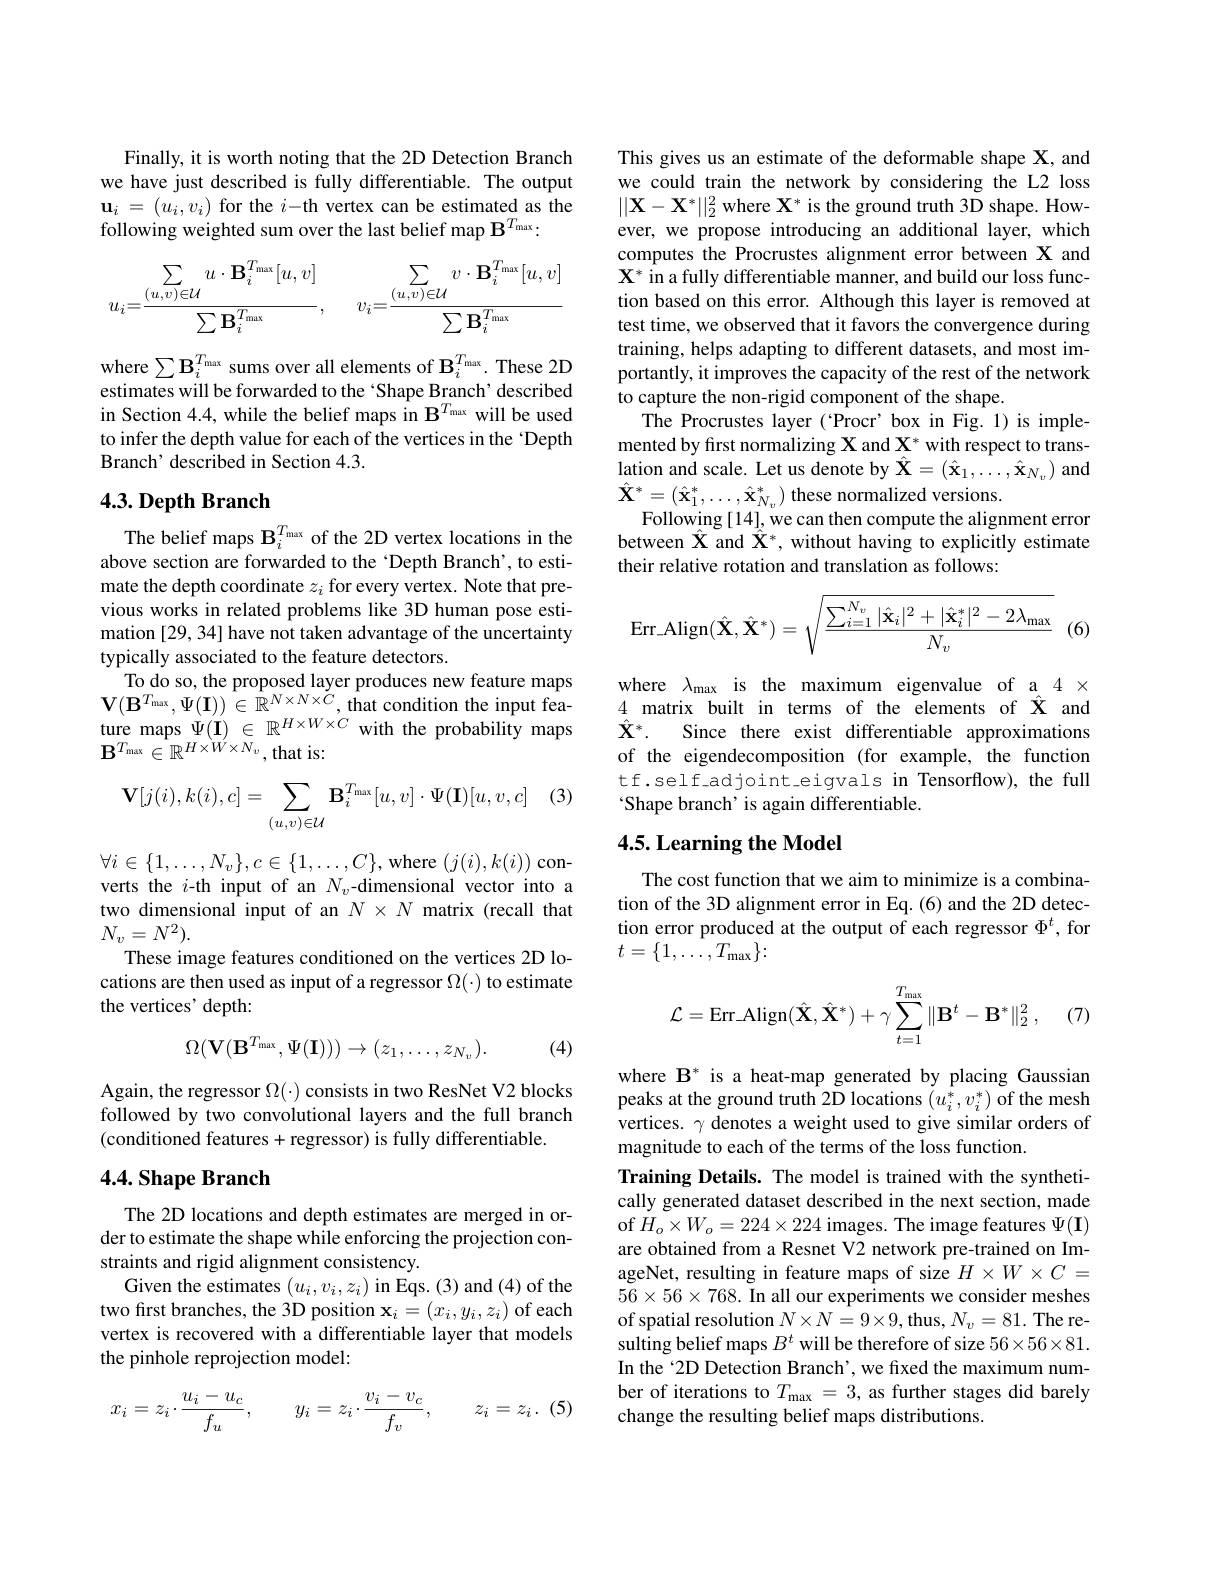
Finally, it is worth noting that the 2D Detection Branch we have just described is fully differentiable. The output $\mathbf{u}_i=(u_i,v_i)$ for the $i-$th vertex can be estimated as the following weighted sum over the last belief map $\mathbf{B}^{T_{\mathrm{max}}}:$
$$\sum_{u_i=\frac{(u,v)\in\mathcal{U}}{\sum\mathbf{B}_i^{T_{\max}}},\quad v_i=\frac{(u,v)\in\mathcal{U}}{\sum\mathbf{B}_i^{T_{\max}}}}v\cdot\mathbf{B}_i^{T_{\max}}[u,v]$$
where $\sum\mathbf{B}_i^{T_{\mathrm{max}}}$ sums over all elements of $\mathbf{B}_i^{T_{\mathrm{max}}}.$ These 2D estimates will be forwarded to the ‘Shape Branch’ described in Section 4.4, while the belief maps in $\mathbf{B}^{T_{\mathrm{max}}}$ will be used to infer the depth value for each of the vertices in the 'Depth Branch’ described in Section 4.3.

## $4. 3. \textbf{Depth Branch}$

The belief maps $\mathbf{B}_i^{T_{\mathrm{max}}}$ of the 2D vertex locations in the above section are forwarded to the 'Depth Branch', to estimate the depth coordinate $z_i$ for every vertex. Note that previous works in related problems like 3D human pose estimation [29, 34] have not taken advantage of the uncertainty typically associated to the feature detectors.
To do so, the proposed layer produces new feature maps $\mathbf{V} ( \mathbf{B} ^{T_{\mathrm{max}}}, \Psi ( \mathbf{I} ) ) \in \mathbb{R} ^{N\times N\times C}$,that condition the input feature maps $\Psi ( \mathbf{I} )$ $\in$ $\mathbb{R} ^{H\times W\times C}$ with the probability maps $\mathbf{B}^{T_{\max}}\in\mathbb{R}^{H\times W^{\prime}\times\bar{N}_{v}}$,that is:

| (3)
$$\mathbf{V}[j(i),k(i),c]=\sum_{(u,v)\in\mathcal{U}}\mathbf{B}_{i}^{T_{\max}}[u,v]\cdot\Psi(\mathbf{I})[u,v,c]$$
$\forall i\in\{1,\ldots,N_{v}\},c\in\{1,\ldots,C\}$,where $(j(i),k(i))$ con-

verts the $i$-th input of an $N_v$-dimensional vector into a two dimensional input of an $N\times N$ matrix (recall that $N_{v}=N^{2}).$
These image features conditioned on the vertices 2D locations are then used as input of a regressor $\Omega(\cdot)$ to estimate the vertices' depth:

(4)
$$\Omega(\mathbf{V}(\mathbf{B}^{T_{\mathrm{max}}},\Psi(\mathbf{I})))\to(z_{1},\ldots,z_{N_{v}}).$$
Again, the regressor $\Omega(\cdot)$ consists in two ResNet V2 blocks followed by two convolutional layers and the full branch (conditioned features+regressor) is fully differentiable.

## $4. 4. \textbf{Shape Branch}$

The 2D locations and depth estimates are merged in order to estimate the shape while enforcing the projection constraints and rigid alignment consistency.
Given the estimates $(u_{i},v_{i},z_{i})$ in Eqs. (3) and (4) of the two first branches, the 3D position $\mathbf{x}_i=(x_i,y_i,z_i)$ of each vertex is recovered with a differentiable layer that models the pinhole reprojection model:
$$x_i=z_i\cdot\frac{u_i-u_c}{f_u},\quad y_i=z_i\cdot\frac{v_i-v_c}{f_v},\quad z_i=z_i\:.$$
This gives us an estimate of the deformable shape X, and we could train the network by considering the L2 loss $||\mathbf{X}-\mathbf{X}^{*}||_{2}^{2}$ where $\mathbf{X}^*$ is the ground truth 3D shape. However, we propose introducing an additional layer, which computes the Procrustes alignment error between X and $\mathbf{X}^{*}$ in a fully differentiable manner, and build our loss function based on this error. Although this layer is removed at test time, we observed that it favors the convergence during training, helps adapting to different datasets, and most importantly, it improves the capacity of the rest of the network to capture the non-rigid component of the shape.
The Procrustes layer ('Procr'box in Fig.1)is implemented by first normalizing $\mathbf{X}$ and $\mathbf{X}^*$ with respect to translation and scale. Let us denote by $\hat{\mathbf{X}}=(\hat{\mathbf{x}}_1,\ldots,\hat{\mathbf{x}}_{N_v})$ and $\hat{\mathbf{X}}^{*}=(\hat{\mathbf{x}}_{1}^{*},\ldots,\hat{\mathbf{x}}_{N_{v}}^{*})$ these normalized versions.
Following [14], we can then compute the alignment error between $\hat{\mathbf{X}}$ and $\hat{\hat{\mathbf{X}}}^*$, without having to explicitly estimate their relative rotation and translation as follows:
$$\operatorname{Err_Align}(\hat{\mathbf{X}},\hat{\mathbf{X}}^*)=\sqrt{\frac{\sum_{i=1}^{N_v}|\hat{\mathbf{x}}_i|^2+|\hat{\mathbf{x}}_i^*|^2-2\lambda_{\max}}{N_v}}$$
(6)

where $\lambda_\mathrm{max}$ is the maximum eigenvalue of a 4 x 4 matrix built in terms of the elements of $\hat{\mathbf{X}}$ and $\hat{\mathbf{X}}^*.$
Since there exist differentiable approximations
of the eigendecomposition (for example, the function $tf.self\_adjoint\_eigvals in Tensorflow), the full$ Shape branch’is again differentiable.

## 4.5. Learning the Model

The cost function that we aim to minimize is a combination of the 3D alignment error in Eq.(6) and the 2D detection error produced at the output of each regressor $\Phi^t$, for $t=\{1,\ldots,T_{\max}\}:$
$$\mathcal{L}=\operatorname{Err_Align}(\hat{\mathbf{X}},\hat{\mathbf{X}}^*)+\gamma\sum_{t=1}^{T_{\max}}\|\mathbf{B}^t-\mathbf{B}^*\|_2^2\:,$$
(7)

where $\mathbf{B}^*$ is a heat-map generated by placing Gaussian peaks at the ground truth 2D locations $(u_i^*,v_i^*)$ of the mesh vertices. $\gamma$ denotes a weight used to give similar orders of magnitude to each of the terms of the loss function.
Training Details. The model is trained with the synthetically generated dataset described in the next section, made of $H_{o}\times W_{o}=224\times224$ images. The image features $\Psi(\mathbf{I})$ are obtained from a Resnet V2 network pre-trained on ImageNet, resulting in feature maps of size $H\times W\times C=$ $56\times56\times768.$ In all our experiments we consider meshes of spatial resolution $N\times N=9\times9$,thus, $N_v=81.$ The resulting belief maps $B^t$ will be therefore of size 56×56×81. In the 2D Detection Branch', we fixed the maximum number of iterations to $T_{\mathrm{max}}=3$, as further stages did barely change the resulting belief maps distributions.